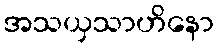
အသယှသာဟိနော